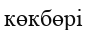
көкбөрі